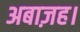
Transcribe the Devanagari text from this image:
अबाज़ह।